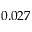
0 . 0 2 7